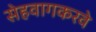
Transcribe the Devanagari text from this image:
सेहवागकरवे